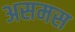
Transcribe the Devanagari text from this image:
असमस